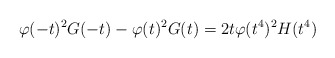
\begin{align*} \varphi(-t)^2G(-t)-\varphi(t)^2G(t) = 2t\varphi(t^4)^2H(t^4)\end{align*}